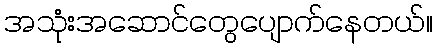
အသုံးအဆောင်တွေပျောက်နေတယ်။